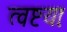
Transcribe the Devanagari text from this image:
त्वष्टयाः